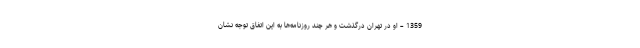
1359 – او در تهران درگذشت و هر چند روزنامه‌ها به این اتفاق توجه نشان